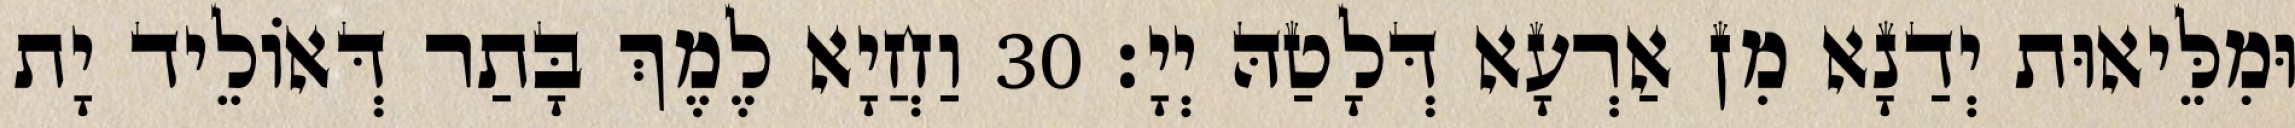
וּמִלֵּיאוּת יְדַנָא מִן אַרְעָא דְּלָטַהּ יְיָ׃ 30 וַחֲיָא לֶמֶךְ בָּתַר דְּאוֹלֵיד יָת